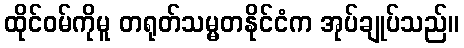
ထိုင်ဝမ်ကိုမူ တရုတ်သမ္မတနိုင်ငံက အုပ်ချုပ်သည်။